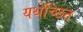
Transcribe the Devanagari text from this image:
यथेच्छित